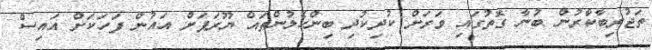
ތަޖުރިބާކާރުން ބުނާ ގޮތުގައި ވަރަށް ކުދިކުދި ބިންހެލުންތައް ޔޫރަޕަށް އައުން ފަހަކަށް އައިސް